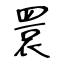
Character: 睘